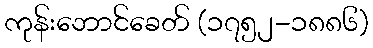
ကုန်းဘောင်ခေတ် (၁၇၅၂-၁၈၈၆)